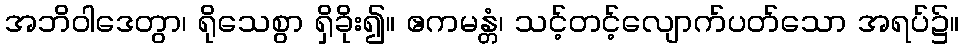
အဘိဝါဒေတွာ၊ ရိုသေစွာ ရှိခိုး၍။ ဧကမန္တံ၊ သင့်တင့်လျောက်ပတ်သော အရပ်၌။